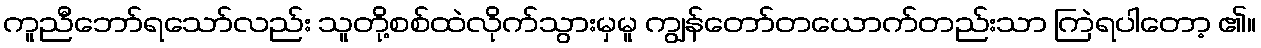
ကူညီဘော်ရသော်လည်း သူတို့စစ်ထဲလိုက်သွားမှမူ ကျွန်တော်တယောက်တည်းသာ ကြဲရပါတော့ ၏။